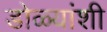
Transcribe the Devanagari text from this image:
डोळ्यांशी